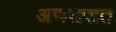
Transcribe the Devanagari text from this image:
अणसरात